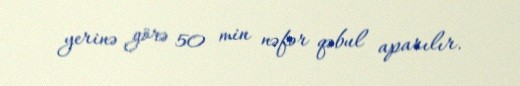
yerinə görə 50 min nəfər qəbul aparılır.